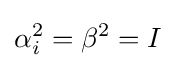
\alpha _{i}^{2}=\beta ^{2}=I